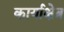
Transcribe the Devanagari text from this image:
कार्याक्षेत्र